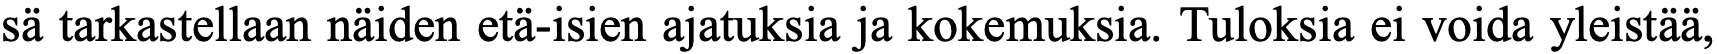
sä tarkastellaan näiden etä-isien ajatuksia ja kokemuksia. Tuloksia ei voida yleistää,